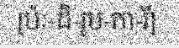
[ប៉ៈ-ដិ-រូប-កា-រី]